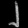
Digit: ၂